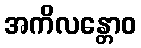
အကိလန္တောဝ